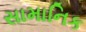
સામાનિક